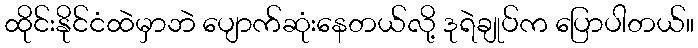
ထိုင်းနိုင်ငံထဲမှာဘဲ ပျောက်ဆုံးနေတယ်လို့ ဒုရဲချုပ်က ပြောပါတယ်။